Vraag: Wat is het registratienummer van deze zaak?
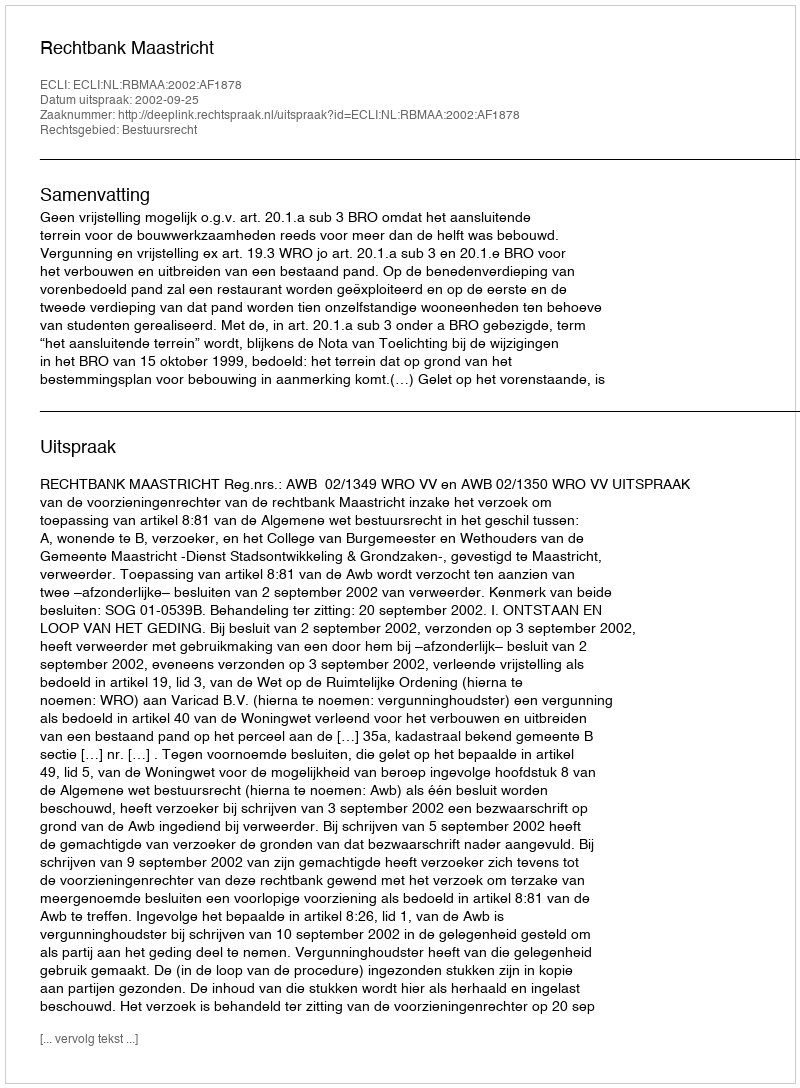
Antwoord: http://deeplink.rechtspraak.nl/uitspraak?id=ECLI:NL:RBMAA:2002:AF1878